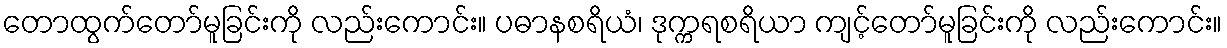
တောထွက်တော်မူခြင်းကို လည်းကောင်း။ ပဓာနစရိယံ၊ ဒုက္ကရစရိယာ ကျင့်တော်မူခြင်းကို လည်းကောင်း။